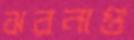
ঝরনাগু